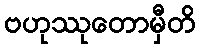
ဗဟုဿုတောမှီတိ